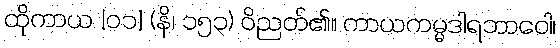
ထိုကာယ [၀၁] (နိ၊ ၁၅၃) ဝိညတ်၏။ ကာယကမ္မဒါရဘာဝေါ၊